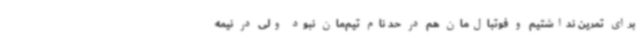
برای تمرین نداشتیم و فوتبال‌مان هم در حد نام تیم‌مان نبود ولی در نیمه